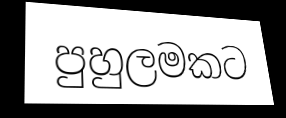
පුහුලමකට